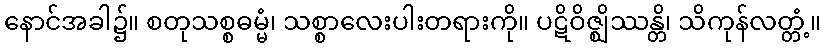
နောင်အခါ၌။ စတုသစ္စဓမ္မံ၊ သစ္စာလေးပါးတရားကို။ ပဋိဝိဇ္ဈိဿန္တိ၊ သိကုန်လတ္တံ့။